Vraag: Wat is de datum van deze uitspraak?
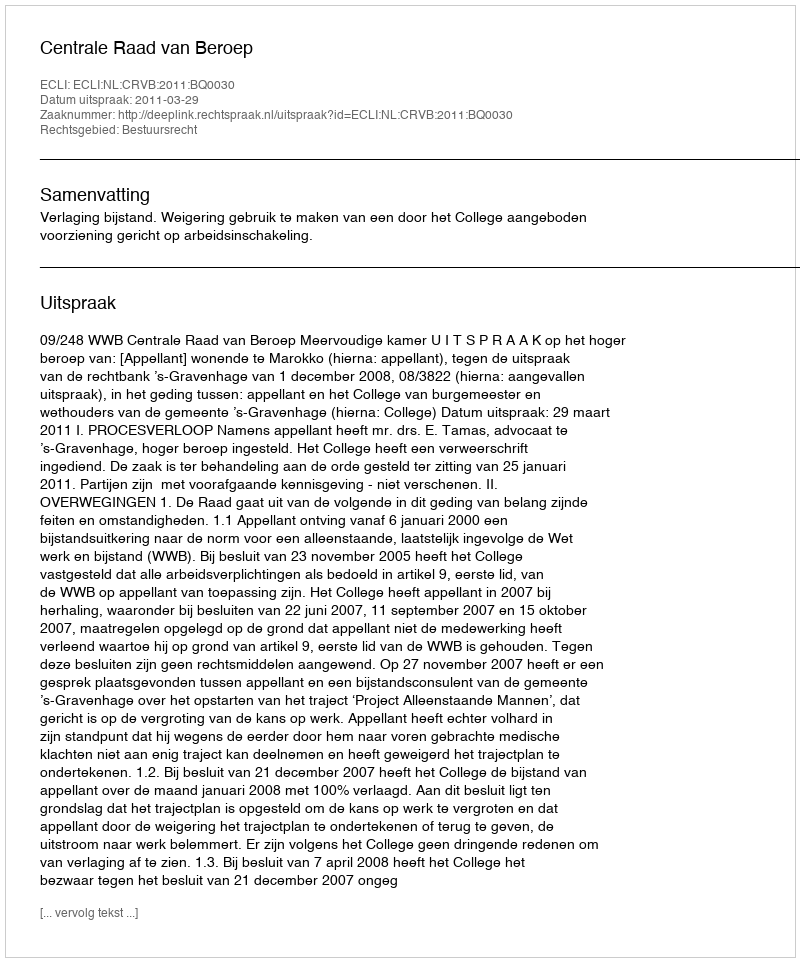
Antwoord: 2011-03-29